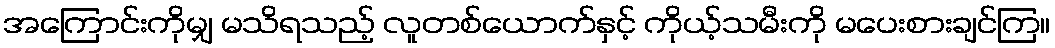
အကြောင်းကိုမျှ မသိရသည့် လူတစ်ယောက်နှင့် ကိုယ့်သမီးကို မပေးစားချင်ကြ။